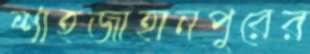
শাহজাহানপুরের